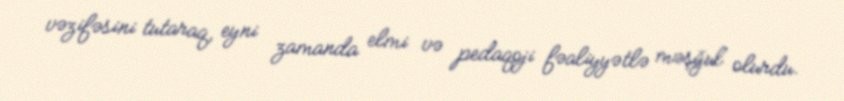
vəzifəsini tutaraq, eyni zamanda elmi və pedaqoji fəaliyyətlə məşğul olurdu.